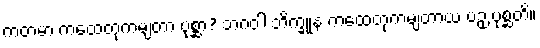
ကတမာ ကထေတုကမျတာ ပုစ္ဆာ? ဘဂဝါ ဘိက္ခူနံ ကထေတုကမျတာယ ပဉှံ ပုစ္ဆတိ။